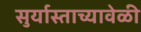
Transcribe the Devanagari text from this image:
सुर्यास्ताच्यावेळी